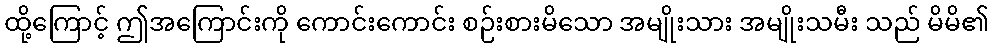
ထို့ကြောင့် ဤအကြောင်းကို ကောင်းကောင်း စဉ်းစားမိသော အမျိုးသား အမျိုးသမီး သည် မိမိ၏